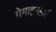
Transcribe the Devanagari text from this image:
गेमाइनहार्ट